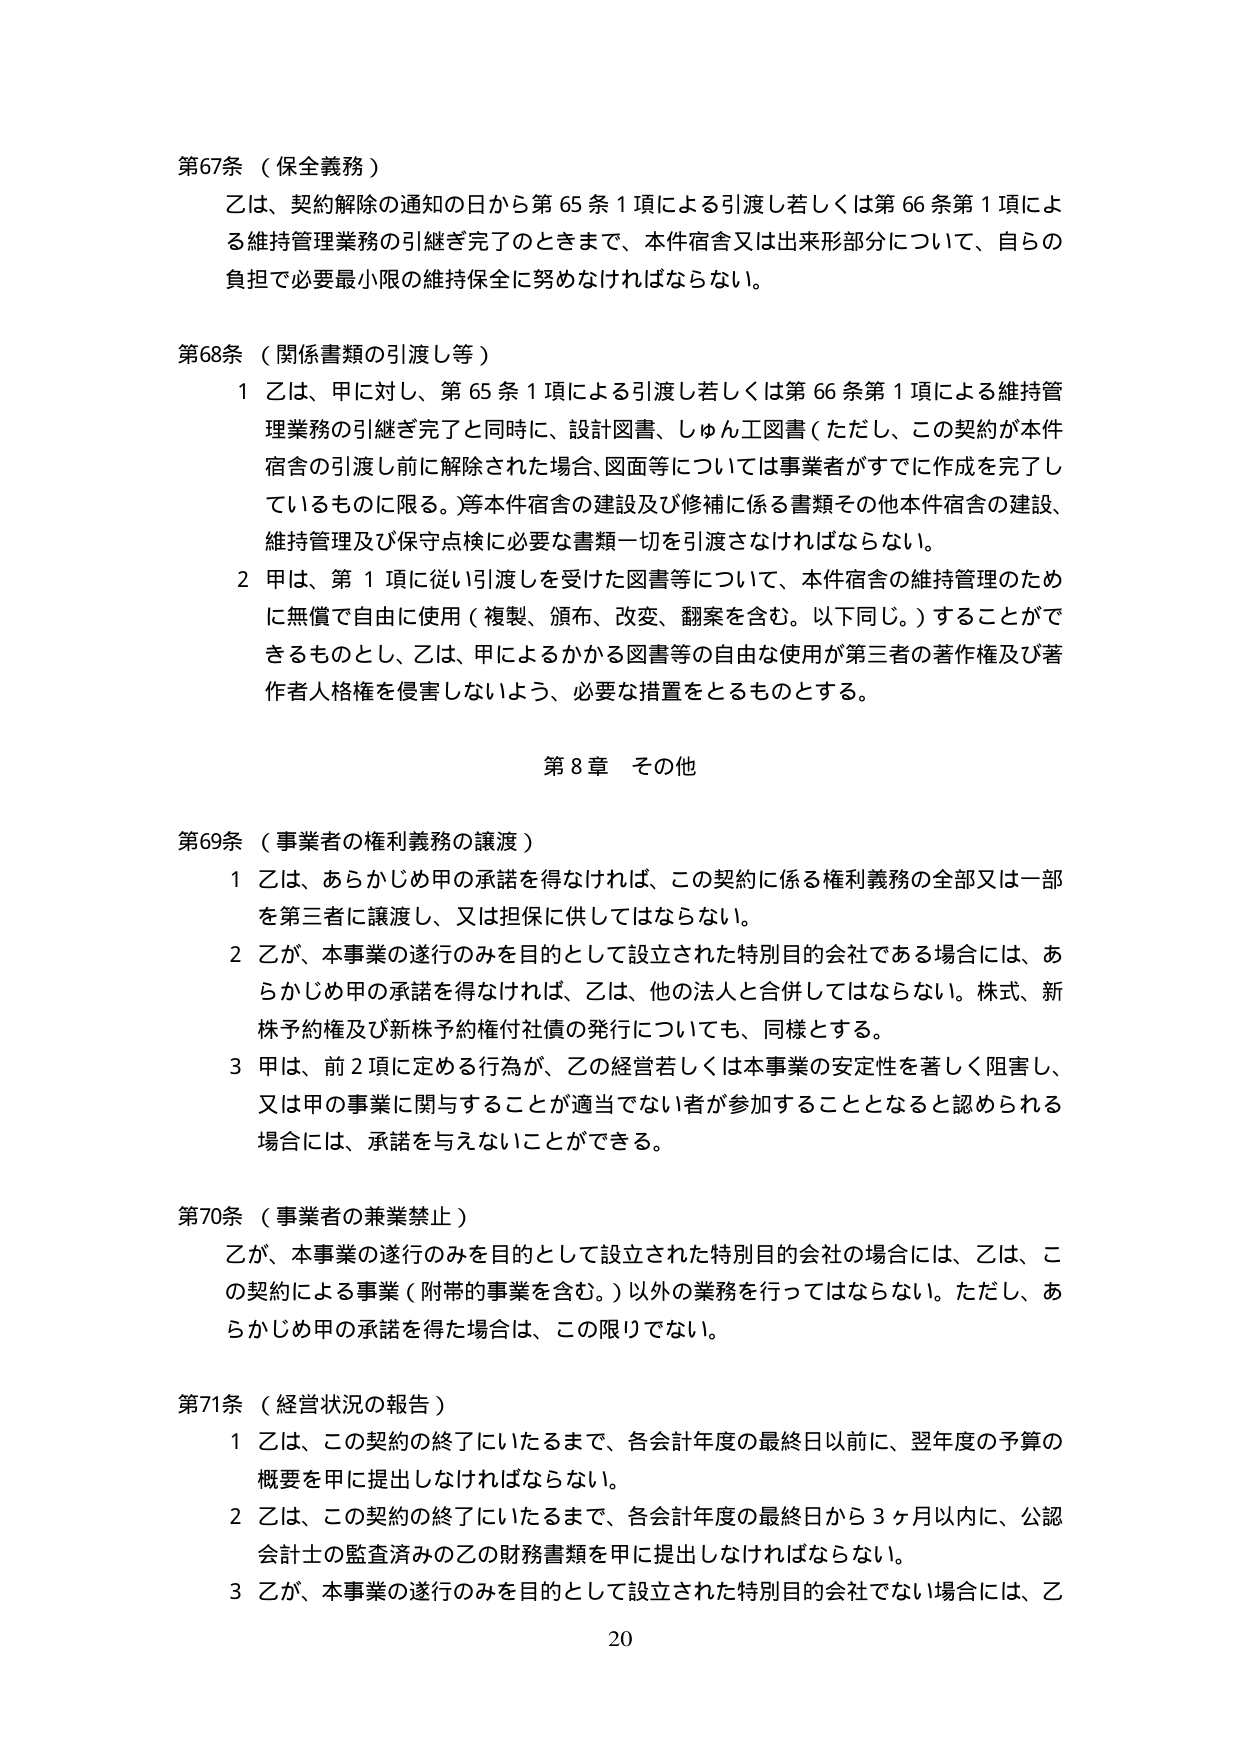
第67条（保全義務）
乙は、契約解除の通知の日から第65条1項による引渡し若しくは第66条第1項による維持管理業務の引継ぎ完了のときまで、本件宿舎又は出来形部分について、自らの負担で必要最小限の維持保全に努めなければならない。

第68条（関係書類の引渡し等）
1 乙は、甲に対し、第65条1項による引渡し若しくは第66条第1項による維持管理業務の引継ぎ完了と同時に、設計図書、しゅん工図書（ただし、この契約が本件宿舎の引渡し前に解除された場合、図面等については事業者がすでに作成を完了しているものに限る。）等本件宿舎の建設及び修補に係る書類その他本件宿舎の建設、維持管理及び保守点検に必要な書類一切を引渡さなければならない。
2 甲は、第1項に従い引渡しを受けた図書等について、本件宿舎の維持管理のために無償で自由に使用（複製、頒布、改変、翻案を含む。以下同じ。）することができるものとし、乙は、甲によるかかる図書等の自由な使用が第三者の著作権及び著作人格権を侵害しないよう、必要な措置をとるものとする。

第8章 その他

第69条（事業者の権利義務の譲渡）
1 乙は、あらかじめ甲の承諾を得なければ、この契約に係る権利義務の全部又は一部を第三者に譲渡し、又は担保に供してはならない。
2 乙が、本事業の遂行のみを目的として設立された特別目的会社である場合には、あらかじめ甲の承諾を得なければ、乙は、他の法人と合併してはならない。株式、新株予約権及び新株予約権付社債の発行についても、同様とする。
3 甲は、前2項に定める行為が、乙の経営若しくは本事業の安定性を著しく阻害し、又は甲の事業に関与することが適当でない者が参加することとなると認められる場合には、承諾を与えないことができる。

第70条（事業者の兼業禁止）
乙が、本事業の遂行のみを目的として設立された特別目的会社の場合には、乙は、この契約による事業（附帯的事業を含む。）以外の業務を行ってはならない。ただし、あらかじめ甲の承諾を得た場合は、この限りでない。

第71条（経営状況の報告）
1 乙は、この契約の終了にいたるまで、各会計年度の最終日以前に、翌年度の予算の概要を甲に提出しなければならない。
2 乙は、この契約の終了にいたるまで、各会計年度の最終日から3ヶ月以内に、公認会計士の監査済みの乙の財務書類を甲に提出しなければならない。
3 乙が、本事業の遂行のみを目的として設立された特別目的会社でない場合には、乙

20